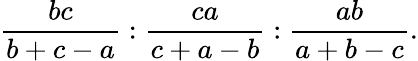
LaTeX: {\frac{bc}{b+c-a}}:{\frac{ca}{c+a-b}}:{\frac{ab}{a+b-c}}.